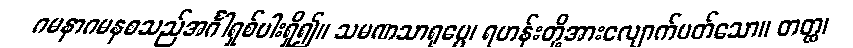
ဂမနာဂမနစသည်အင်္ဂါရှစ်ပါးရှိ၍။ သမဏသာရုပ္ပေ၊ ရဟန်းတို့အားလျောက်ပတ်သော။ တတ္ထ၊